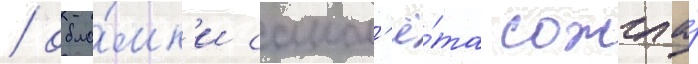
/ обло́мк'и самол'ё́та сожгла́